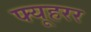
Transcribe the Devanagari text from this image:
फ्यूहरर